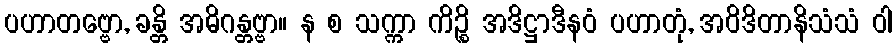
ပဟာတဗ္ဗော, ခန္တိ အဓိဂန္တဗ္ဗာ။ န စ သက္ကာ ကိဉ္စိ အဒိဋ္ဌာဒီနဝံ ပဟာတုံ, အဝိဒိတာနိသံသံ ဝါ